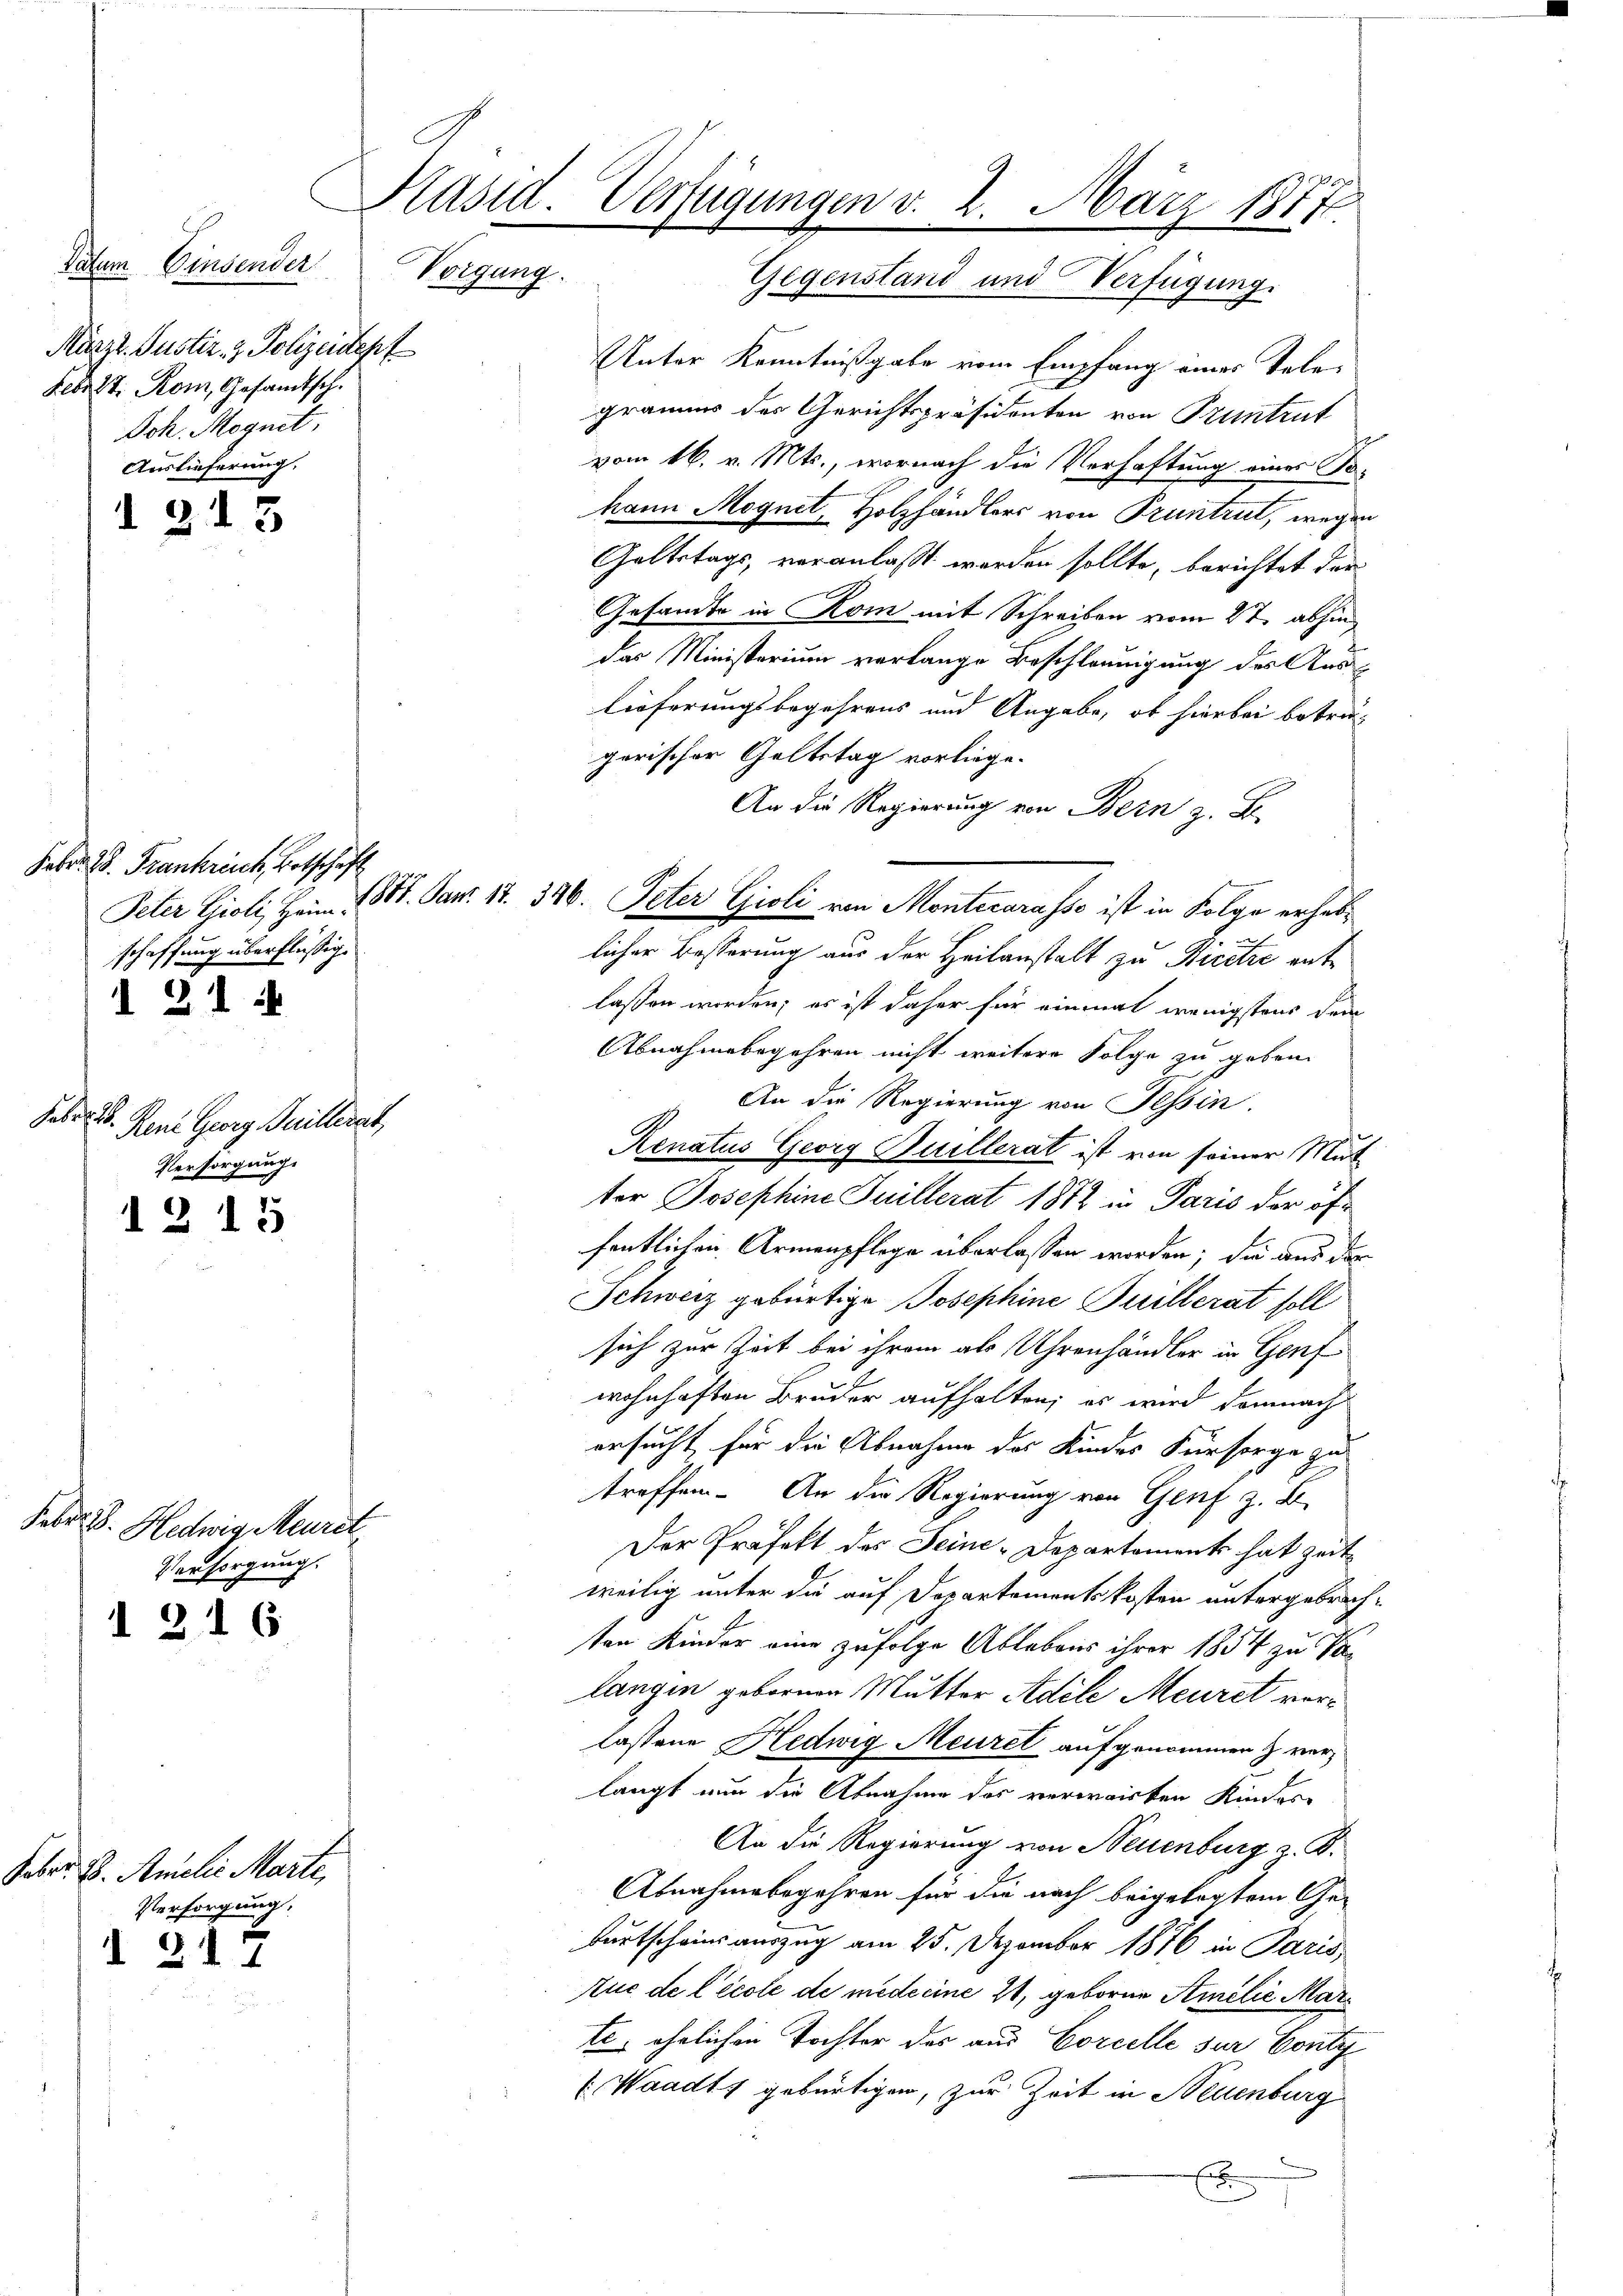
Datum Einsender Vorgung.
März l. Justiz- & Polizeidepf
Febist. Rom, Gesamtsch.
Joh. Megnet,
Auslieferung.

213

Febr. 28. Frankreich, Botschaft
schaffung überflüßig.

d 21

Febr. h. Reni Georg Juillernt,
Versorgung.

1215

Feber B. Hedwig Meurit¬
Versorgung.

I 216

Febr. B. Amilie Marte,
Versorgung.

d 217

Präsid. Verfügungen v. 2. März 1877
Gegenstand und Verfügung.

Unter Kenntnißgabe vom Empfang eines Telegramms des Gerichtspräsidenten von Pruntrut
vom 16. v. Mts., wornach die Verhaftung eines Tohann Mognet, Holzhändlers von Pruntrut, wegen
Geltstags, veranlaßt worden sollte, berichtet den
Gesandte in Rom mit Schreiben vom 2t. abhin
das Ministerium verlange Beschleunigung des Auslieferungsbegehrens und Angabe, ob hierbei betriegerischer Geltstag vorliege.
An die Regierung von Bern z. B.
licher Besserung aus der Heilanstalt zu Bicetze ent
lassen worden; es ist daher für einmal wenigstens dem
Abnahmebegehren nicht weitere Folge zu geben.
An die Regierung von Tessin.
Renatus Georg Guillerat ist von seiner Mut
ter Josephine Guillerat 1882 in Paris der öffentlichen Armenpflege überlassen worden; die aus der
Schweiz gebürtige Josephine Juillerat soll
sich zur Zeit bei ihrem als Uhrenhändler in Genf
wohnhaften Bruder aufhalten; es wird demnach
ersucht für die Abnahme des Kindes Fürsorge zu
treffen. An die Regierung von Genf z. B.
Der Präfekt des Seine-Departement hat Zeitweilig unter die auf Departementskosten untergebrachten Kinder eine zufolge Ablebens ihrer 1854 zu Va-
langen gebornen Mutter Adele Meuret vorlassene Hedwig Meuret aufgenommen & verlangt nun die Abnahme des verwirken Kinder
An die Regierung von Neuenburg z. B.
Abnahmebegehren für die noch beigelegtem Ge-
Fortscheinsauszug am 25. Dezember 1876 in Paris,
tue de l’école de medicine 2, geboren Amilie Marte, ehrlichen Tochter des aus Borcelle sur Coutu
(Waadt, gebürtigen, zur Zeit in Neuenburg
x
.

Peter Gioli Heim 18. Jan. 17. 326. Peter Gioli von Montecarasso ist in Folge erheb¬